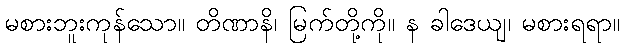
မစားဘူးကုန်သော။ တိဏာနိ၊ မြက်တို့ကို။ န ခါဒေယျ၊ မစားရရာ။